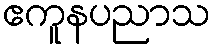
ဧကူနပညာသ